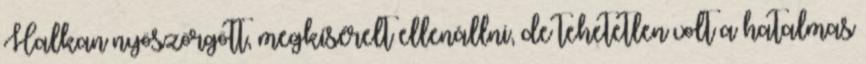
Halkan nyöszörgött, megkísérelt ellenállni, de tehetetlen volt a hatalmas